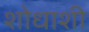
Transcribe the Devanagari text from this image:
शोधाशी